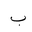
Letter: _ba